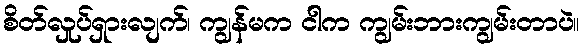
စိတ်လှုပ်ရှားလျက်၊ ကျွန်မက ငါက ကျွမ်းဘားကျွမ်းတာပဲ။